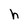
Character: h